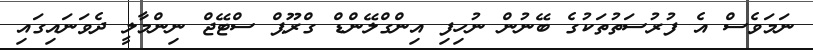
ނަމަވެސް އެ ފުރުސަތުތަކުގެ ބޭނުން ނުހިފި އިންގްލޭންޑް ގްރޫޕް ސްޓޭޖް ނިންމާލީ ދެވަނައިގައި